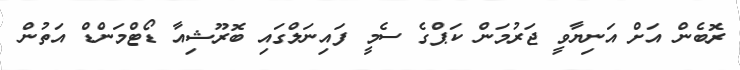
ރޮބެން އަށް އަނިޔާވީ ޖަރުމަން ކަޕްގެ ސެމީ ފައިނަލްގައި ބޮރޫޝިއާ ޑޯޓްމަންޑް އަތުން